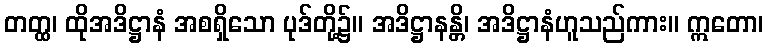
တတ္ထ၊ ထိုအဒိဋ္ဌာနံ အစရှိသော ပုဒ်တို့၌။ အဒိဋ္ဌာနန္တိ၊ အဒိဋ္ဌာနံဟူသည်ကား။ ဣတော၊